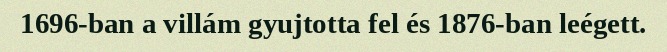
1696-ban a villám gyujtotta fel és 1876-ban leégett.